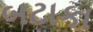
બટાકા